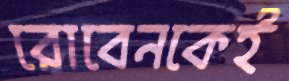
রোবেনকেই